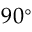
9 0 ^ { \circ }